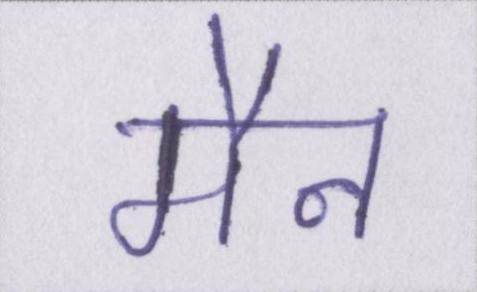
मैन